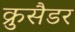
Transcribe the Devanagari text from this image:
क्रुसैडर